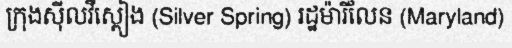
ក្រុងស៊ីលវឺស្ពៀង (Silver Spring) រដ្ឋម៉ារីលែន (Maryland)